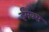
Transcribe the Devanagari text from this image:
ईमैक्स